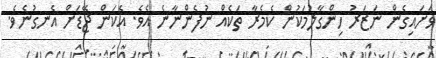
ވަށައިގެން ނަޒަރު ހިންގާލުމަކުން ކެމެރާ ތަކެއް ނުފެންނާނެ އެވެ. އެކަން ޖޭޑަށް އެނގުނެވެ.